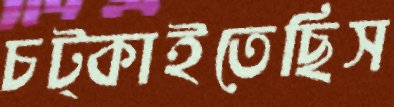
চট্‌কাইতেছিস